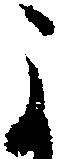
よ